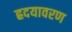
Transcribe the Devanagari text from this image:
ह्रदयावरण